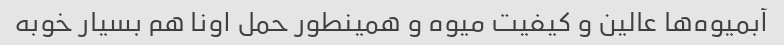
آبمیوه‌ها عالین و کیفیت میوه و همینطور حمل اونا هم بسیار خوبه